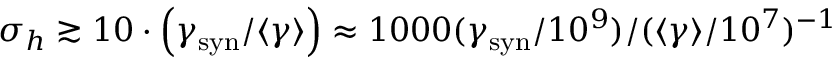
\sigma _ { h } \gtrsim 1 0 \cdot \left( \gamma _ { \mathrm { s y n } } / \langle \gamma \rangle \right) \approx 1 0 0 0 ( \gamma _ { \mathrm { s y n } } / 1 0 ^ { 9 } ) / ( \langle \gamma \rangle / 1 0 ^ { 7 } ) ^ { - 1 }